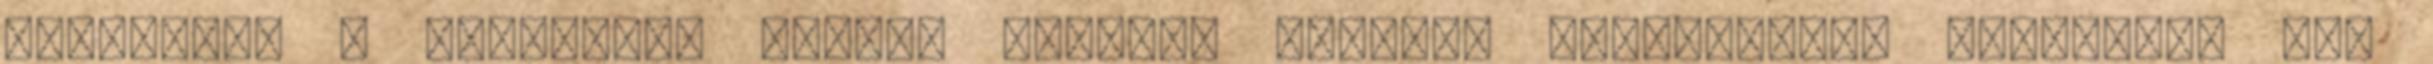
siralmas, a bosnyákok otthon voltak, otthont teremtettek maguknak. Nem